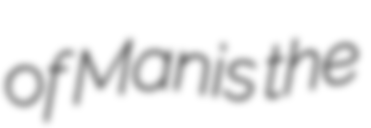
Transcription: of Manis the